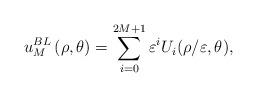
LaTeX: \begin{align*}u_{M}^{BL}\left( \rho ,\theta \right) =\sum_{i=0}^{2M+1}\varepsilon^{i}U_{i}(\rho /\varepsilon ,\theta ), \end{align*}